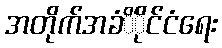
အတိုက်အခံိံိုင်ငံရေး